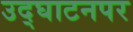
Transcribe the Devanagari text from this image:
उद्‌घाटनपर